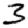
Digit: 3